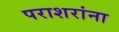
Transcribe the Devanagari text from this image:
पराशरांना